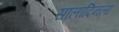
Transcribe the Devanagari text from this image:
सालादिनला